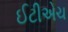
ઈટીએચ